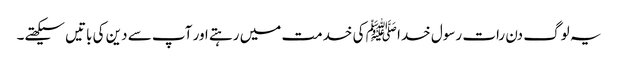
یہ لوگ دن رات رسول خدا ﷺ کی خدمت میں رہتے اور آپ سے دین کی باتیں سیکھتے۔